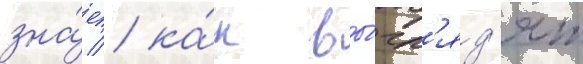
зна́ет / ка́к вы́гл'яд'ят